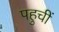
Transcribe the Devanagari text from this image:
पहुचीं